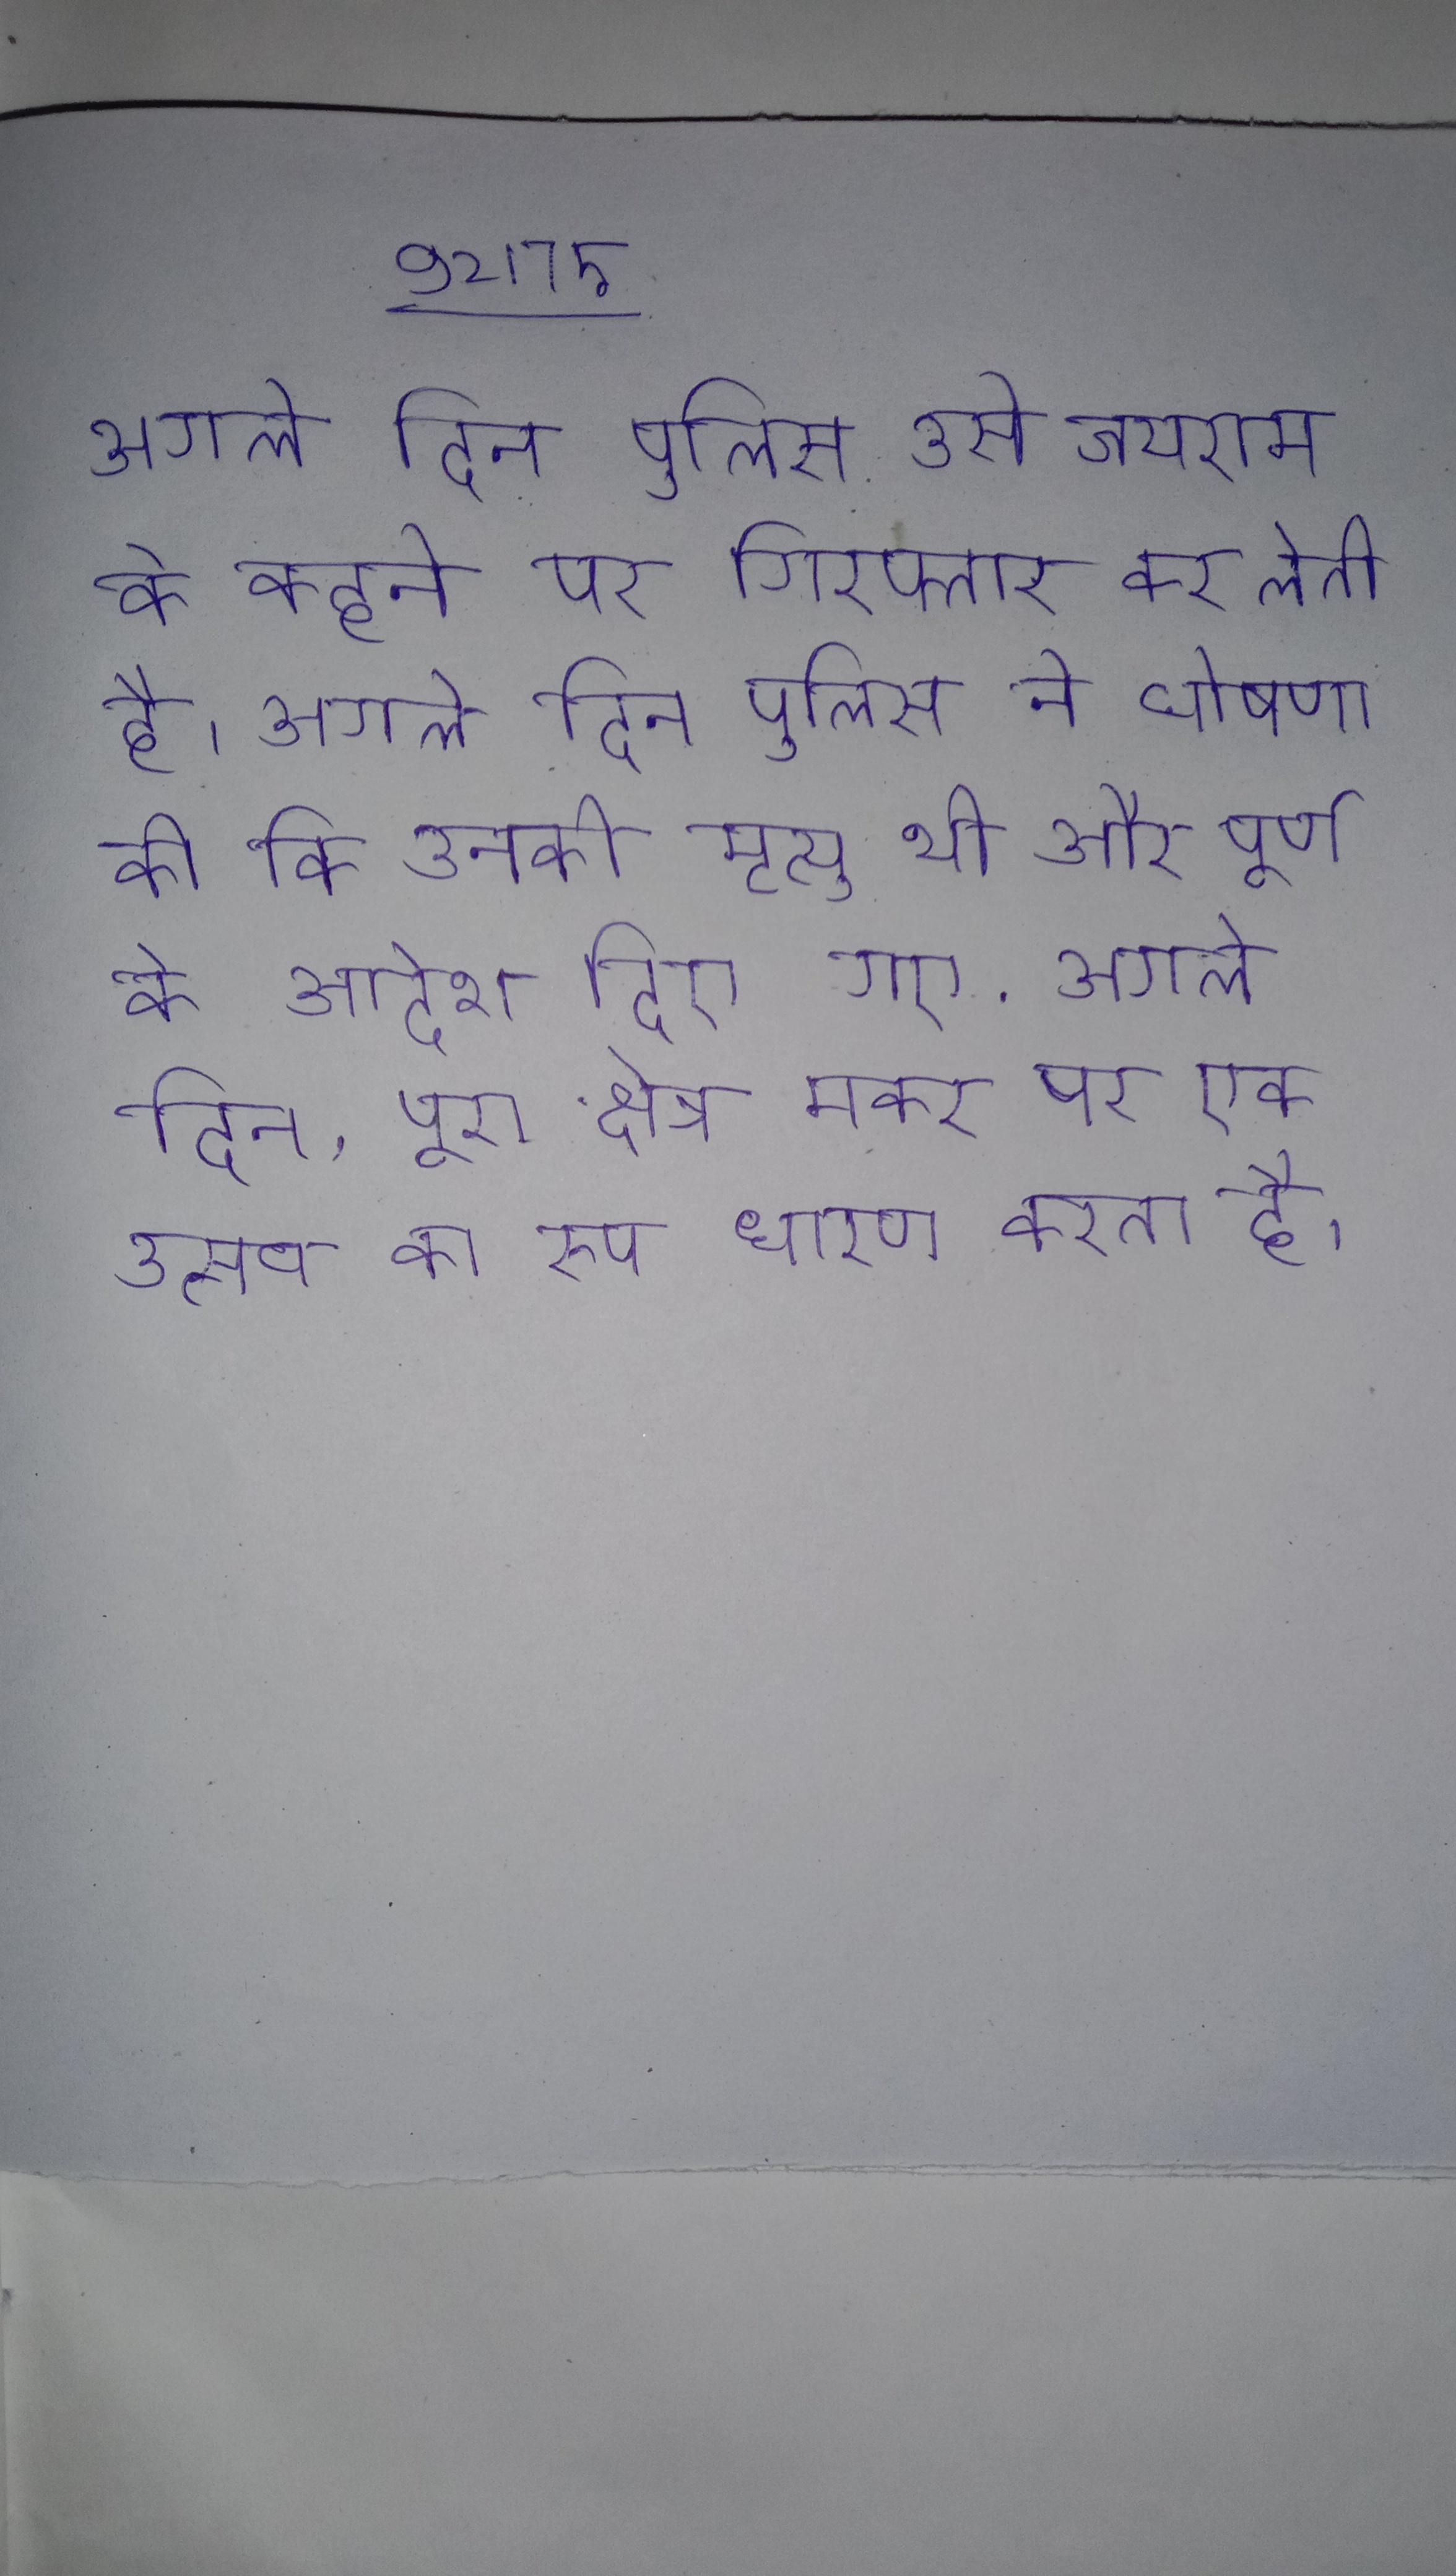
अगले दिन पुलिस उसे जयराम के कहने पर गिरफ्तार कर लेती है । अगले दिन पुलिस ने घोषणा की कि उनकी मृत्यु थी और पूर्ण के आदेश दिए गए . अगले दिन, पूरा क्षेत्र मकर पर एक उत्सव का रूप धारण करता है ।